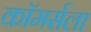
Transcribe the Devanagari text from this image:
कॉमर्सला